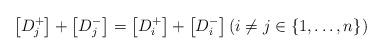
LaTeX: \begin{align*}\left[D_j^+\right]+\left[D_j^-\right]=\left[D_i^+\right]+\left[D_i^-\right] (i \neq j \in \{1,\dots,n\})\end{align*}